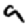
Digit: 9